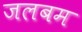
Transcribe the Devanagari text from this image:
जलबम